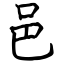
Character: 邑